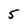
Character: 5